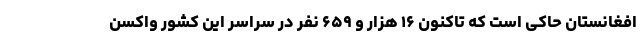
افغانستان حاکی است که تاکنون ۱۶ هزار و ۶۵۹ نفر در سراسر این کشور واکسن